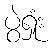
ပွဲရှုံး